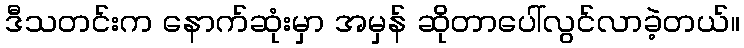
ဒီသတင်းက နောက်ဆုံးမှာ အမှန် ဆိုတာပေါ်လွင်လာခဲ့တယ်။